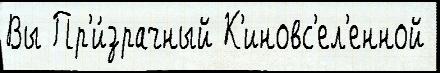
Вы Пр'и́зрачный К'иновс'ел'енной